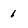
Character: 1